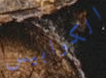
الكوابيس